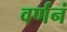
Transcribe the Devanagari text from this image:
वर्णनं